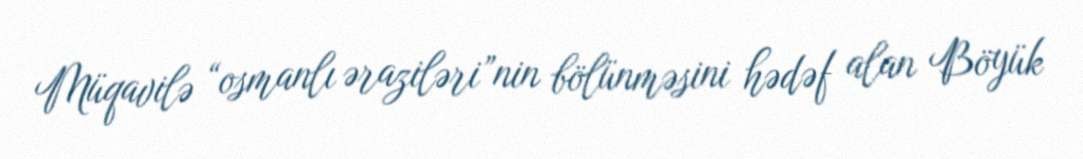
Müqavilə “osmanlı əraziləri”nin bölünməsini hədəf alan Böyük